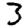
Digit: 3